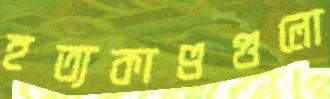
হত্যকাণ্ডগুলো